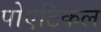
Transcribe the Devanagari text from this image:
पोएटिकल